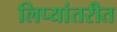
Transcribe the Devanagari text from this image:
लिप्यांतरीत